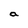
Character: a